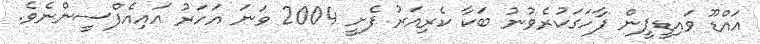
އައްޑޫ ވައިޑީޕީން ފާހަގަކުރެވުނު ބަކާ ކެރިއަރު ފެށީ 2004 ވަނަ އަހަރު އައިއެފްސީންނެވެ.